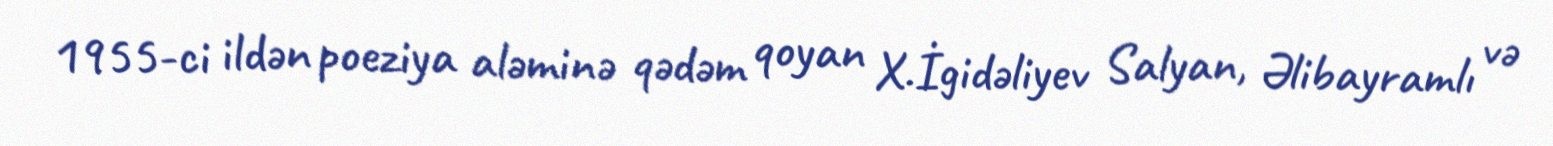
1955-ci ildən poeziya aləminə qədəm qoyan X.İgidəliyev Salyan, Əlibayramlı və